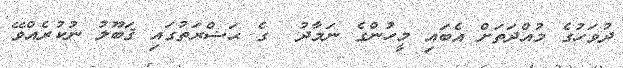
ދުވަހުގެ މުއްދަތަށް އެބައި މީހުންގެ ނަމާދު  ގެ ޙަޟްރަތުގައި ޤަބޫލު ނުކުރެއްވޭ